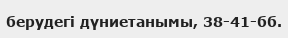
берудегі дүниетанымы, 38-41-бб.